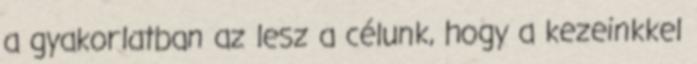
a gyakorlatban az lesz a célunk, hogy a kezeinkkel